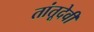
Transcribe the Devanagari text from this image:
तांतूदेवी